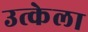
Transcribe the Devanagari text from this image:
उत्केला